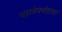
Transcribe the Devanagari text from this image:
चंद्रात्रेयनरेंद्राणां